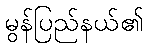
မွန်ပြည်နယ်၏